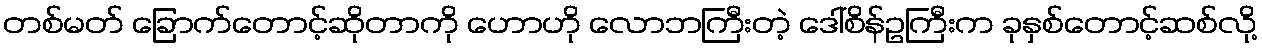
တစ်မတ် ခြောက်တောင့်ဆိုတာကို ဟောဟို လောဘကြီးတဲ့ ဒေါ်စိန်ဥကြီးက ခုနှစ်တောင့်ဆစ်လို့